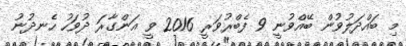
މި ބައްދަލުވުން ބޭއްވުނީ 9 ފެބްރުވަރީ 2016 ވީ އަންގާރަ ދުވަހު ހެނދުނު